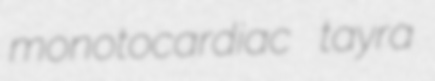
monotocardiac tayra